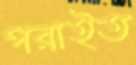
পরাইত